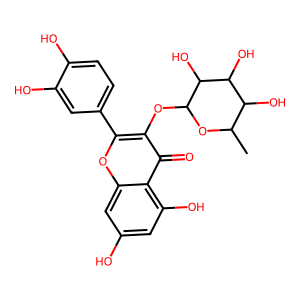
SMILES: CC1OC(Oc2c(-c3ccc(O)c(O)c3)oc3cc(O)cc(O)c3c2=O)C(O)C(O)C1O
Inhibits HIV replication: No